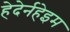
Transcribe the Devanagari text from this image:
हेदेर्नहेइम